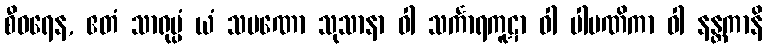
စီဝရေန, ဧတံ သာရုပ္ပံ ယံ သမဏော သုသာနာ ဝါ သင်္ကာရကူဋာ ဝါ ပါပဏိကာ ဝါ နန္တကာနိ